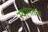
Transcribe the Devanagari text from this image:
स्यांमतक